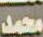
محمد